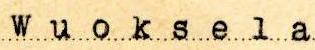
Wuoksela